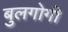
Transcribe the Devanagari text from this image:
बुलगोगी